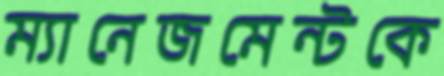
ম্যানেজমেন্টকে